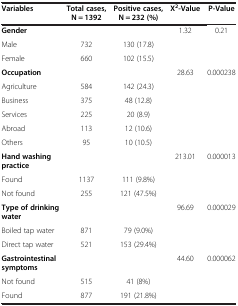
<table><thead><tr><td><b>Variables</b></td><td><b>Total cases, N = 1392</b></td><td><b>Positive cases, N = 232 (%)</b></td><td><b>X<sup>2</sup>-Value</b></td><td><b>P-Value</b></td></tr></thead><tbody><tr><td><b>Gender</b></td><td>[EMPTY_CELL]</td><td>[EMPTY_CELL]</td><td>1.32</td><td>0.21</td></tr><tr><td>Male</td><td>732</td><td>130 (17.8)</td><td>[EMPTY_CELL]</td><td>[EMPTY_CELL]</td></tr><tr><td>Female</td><td>660</td><td>102 (15.5)</td><td>[EMPTY_CELL]</td><td>[EMPTY_CELL]</td></tr><tr><td><b>Occupation</b></td><td>[EMPTY_CELL]</td><td>[EMPTY_CELL]</td><td>28.63</td><td>0.000238</td></tr><tr><td>Agriculture</td><td>584</td><td>142 (24.3)</td><td>[EMPTY_CELL]</td><td>[EMPTY_CELL]</td></tr><tr><td>Business</td><td>375</td><td>48 (12.8)</td><td>[EMPTY_CELL]</td><td>[EMPTY_CELL]</td></tr><tr><td>Services</td><td>225</td><td>20 (8.9)</td><td>[EMPTY_CELL]</td><td>[EMPTY_CELL]</td></tr><tr><td>Abroad</td><td>113</td><td>12 (10.6)</td><td>[EMPTY_CELL]</td><td>[EMPTY_CELL]</td></tr><tr><td>Others</td><td>95</td><td>10 (10.5)</td><td>[EMPTY_CELL]</td><td>[EMPTY_CELL]</td></tr><tr><td><b>Hand washing practice</b></td><td>[EMPTY_CELL]</td><td>[EMPTY_CELL]</td><td>213.01</td><td>0.000013</td></tr><tr><td>Found</td><td>1137</td><td>111 (9.8%)</td><td>[EMPTY_CELL]</td><td>[EMPTY_CELL]</td></tr><tr><td>Not found</td><td>255</td><td>121 (47.5%)</td><td>[EMPTY_CELL]</td><td>[EMPTY_CELL]</td></tr><tr><td><b>Type of drinking water</b></td><td>[EMPTY_CELL]</td><td>[EMPTY_CELL]</td><td>96.69</td><td>0.000029</td></tr><tr><td>Boiled tap water</td><td>871</td><td>79 (9.0%)</td><td>[EMPTY_CELL]</td><td>[EMPTY_CELL]</td></tr><tr><td>Direct tap water</td><td>521</td><td>153 (29.4%)</td><td>[EMPTY_CELL]</td><td>[EMPTY_CELL]</td></tr><tr><td><b>Gastrointestinal symptoms</b></td><td>[EMPTY_CELL]</td><td>[EMPTY_CELL]</td><td>44.60</td><td>0.000062</td></tr><tr><td>Not found</td><td>515</td><td>41 (8%)</td><td>[EMPTY_CELL]</td><td>[EMPTY_CELL]</td></tr><tr><td>Found</td><td>877</td><td>191 (21.8%)</td><td>[EMPTY_CELL]</td><td>[EMPTY_CELL]</td></tr></tbody></table>